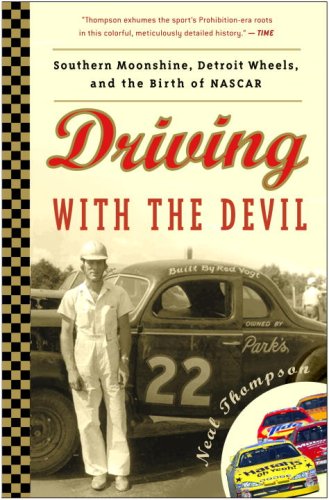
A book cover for Driving with the Devil: Southern Moonshine, Detroit Wheels, and the Birth of NASCAR; Neal Thompson; Sports & Outdoors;